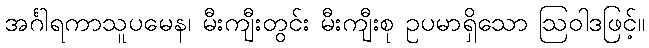
အင်္ဂါရကာသူပမေန၊ မီးကျီးတွင်း မီးကျီးစု ဥပမာရှိသော ဩဝါဒဖြင့်။